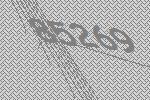
85269